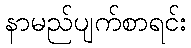
နာမည်ပျက်စာရင်း